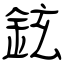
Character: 鉉